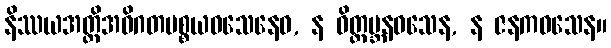
နိဿယအတ္ထိအဝိဂတပစ္စယဝသေနေဝ, န ဝိတ္ထမ္ဘနဝသေန, န ဇနကဝသေန။